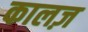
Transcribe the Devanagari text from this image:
कालज़